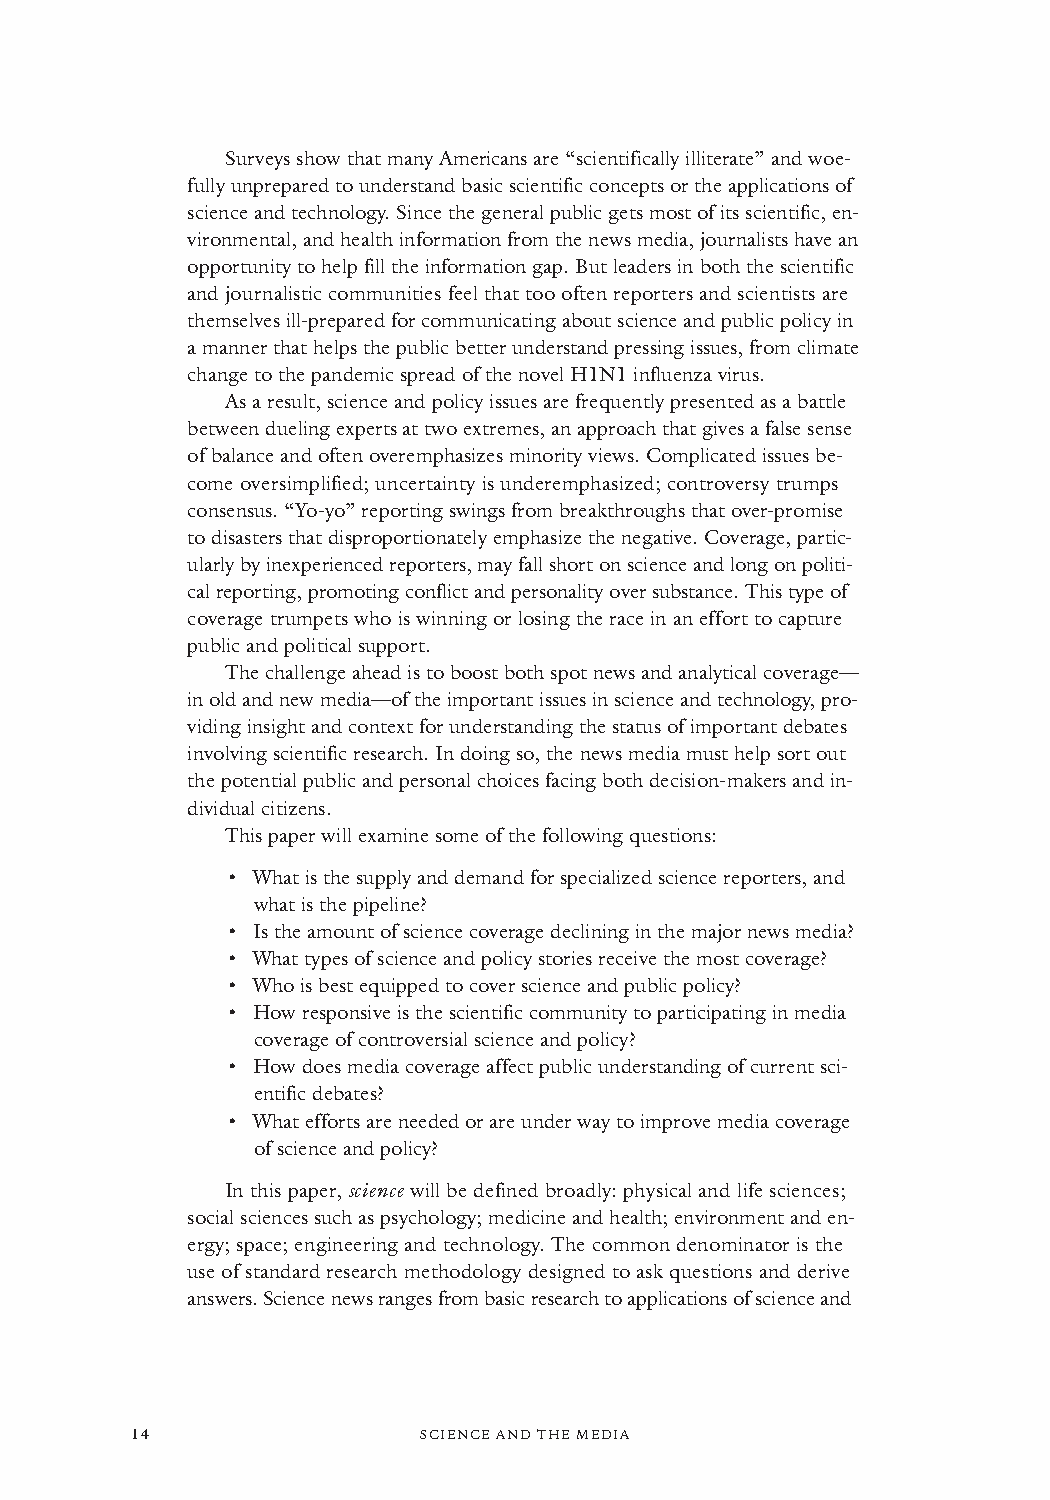
Surveys show that many Americans are “scientifically illiterate” and woe-
 fully unprepared to understand basic scientific concepts or the applications of
 science and technology. Since the general public gets most of its scientific, en-
 vironmental, and health information from the news media, journalists have an
 opportunity to help fill the information gap. But leaders in both the scientific
 and journalistic communities feel that too often reporters and scientists are
 themselves ill-prepared for communicating about science and public policy in
 a manner that helps the public better understand pressing issues, from climate
 change to the pandemic spread of the novel H1N1 influenza virus.
 As a result, science and policy issues are frequently presented as a battle
 between dueling experts at two extremes, an approach that gives a false sense
 of balance and often overemphasizes minority views. Complicated issues be-
 come oversimplified; uncertainty is underemphasized; controversy trumps
 consensus. “Yo-yo” reporting swings from breakthroughs that over-promise
 to disasters that disproportionately emphasize the negative. Coverage, partic-
 ularly by inexperienced reporters, may fall short on science and long on politi-
 cal reporting, promoting conflict and personality over substance. This type of
 coverage trumpets who is winning or losing the race in an effort to capture
 public and political support.
 The challenge ahead is to boost both spot news and analytical coverage—
 in old and new media—of the important issues in science and technology, pro-
 viding insight and context for understanding the status of important debates
 involving scientific research. In doing so, the news media must help sort out
 the potential public and personal choices facing both decision-makers and in-
 dividual citizens.
 This paper will examine some of the following questions:
 ·
 What is the supply and demand for specialized science reporters, and
 what is the pipeline?
 ·
 Is the amount of science coverage declining in the major news media?
 ·
 What types of science and policy stories receive the most coverage?
 ·
 Who is best equipped to cover science and public policy?
 ·
 How responsive is the scientific community to participating in media
 coverage of controversial science and policy?
 ·
 How does media coverage affect public understanding of current sci-
 entific debates?
 ·
 What efforts are needed or are under way to improve media coverage
 of science and policy?
 In this paper, sciencewill be defined broadly: physical and life sciences;
 social sciences such as psychology; medicine and health; environment and en-
 ergy; space; engineering and technology. The common denominator is the
 use of standard research methodology designed to ask questions and derive
 answers. Science news ranges from basic research to applications of science and
 14                 SCIENCE AND THE MEDIA